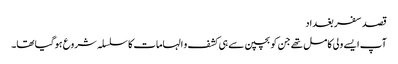
قصد سفر بغداد
آپ ایسے ولی کامل تھے جن کو بچپن سے ہی کشف و الہامات کا سلسلہ شروع ہوگیا تھا۔